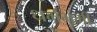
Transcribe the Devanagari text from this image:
धर्मभूमी